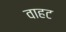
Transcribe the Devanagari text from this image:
वाहट